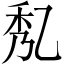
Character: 𠃯